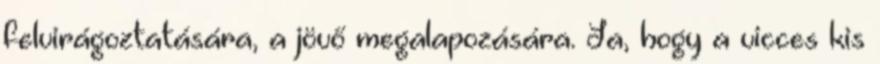
felvirágoztatására, a jövő megalapozására. Ja, hogy a vicces kis